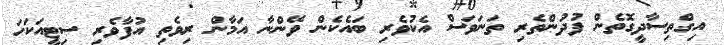
އިގްތިސާދީގޮތެން ފުދުންތެރި ތަނަވަސް އެކުވެރި ބައެކެން ވޭންނާ އަމާން ރިވެތި އުފާވެރި ސިޓީއަކަހަ